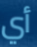
أي